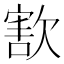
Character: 𣣶